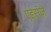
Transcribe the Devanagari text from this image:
एईसंजे